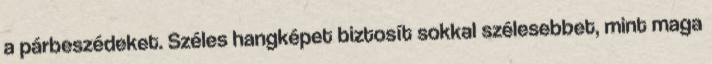
a párbeszédeket. Széles hangképet biztosít sokkal szélesebbet, mint maga